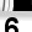
Digit: 6